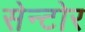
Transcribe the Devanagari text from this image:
सेन्टोर